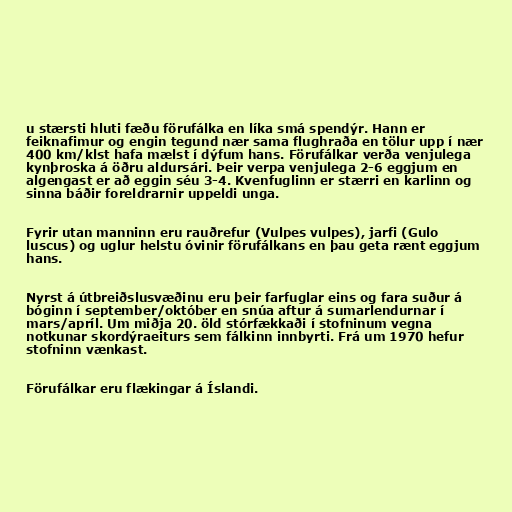
u stærsti hluti fæðu förufálka en líka smá spendýr. Hann er
feiknafimur og engin tegund nær sama flughraða en tölur upp í nær
400 km/klst hafa mælst í dýfum hans. Förufálkar verða venjulega
kynþroska á öðru aldursári. Þeir verpa venjulega 2-6 eggjum en
algengast er að eggin séu 3-4. Kvenfuglinn er stærri en karlinn og
sinna báðir foreldrarnir uppeldi unga.

Fyrir utan manninn eru rauðrefur (Vulpes vulpes), jarfi (Gulo
luscus) og uglur helstu óvinir förufálkans en þau geta rænt eggjum
hans.

Nyrst á útbreiðslusvæðinu eru þeir farfuglar eins og fara suður á
bóginn í september/október en snúa aftur á sumarlendurnar í
mars/apríl. Um miðja 20. öld stórfækkaði í stofninum vegna
notkunar skordýraeiturs sem fálkinn innbyrti. Frá um 1970 hefur
stofninn vænkast.

Förufálkar eru flækingar á Íslandi.